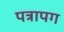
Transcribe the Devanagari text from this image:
पत्रापग